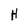
Character: H